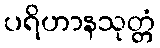
ပရိဟာနသုတ္တံ